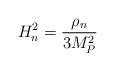
LaTeX: \begin{align*}H_n^2={\rho_n \over 3 M_{P}^2} \end{align*}